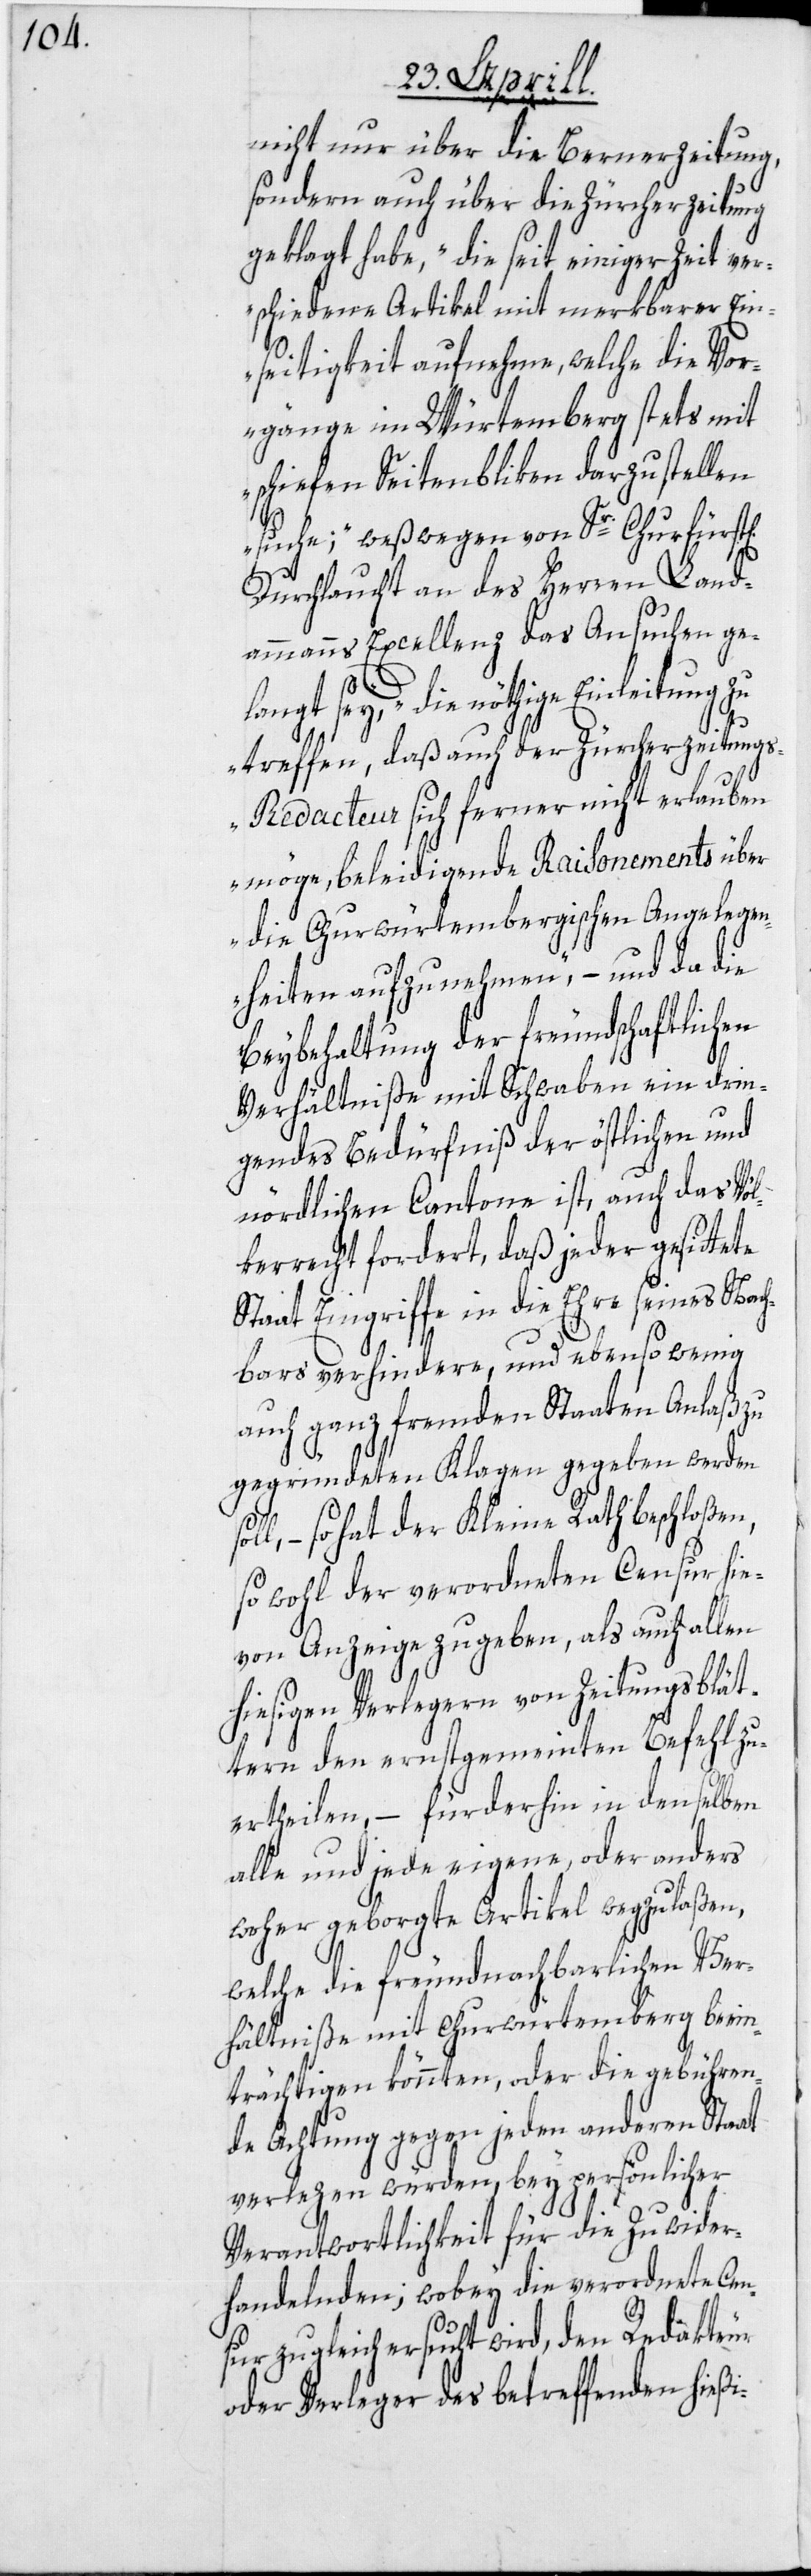
nicht nur über die Bernerzeitung,
sondern auch über die Zürcherzeitung
geklagt habe, „die seit einiger Zeit ver¬
schiedene Artikel mit merkbarer Ein¬
seitigkeit aufnehme, welche die Vor¬
gänge im Würtemberg stets mit
schiefen Seitenbliken darzustellen
suche;“ weßwegen von Sr. Churfürst¬
Durchlaucht an des Herren Land¬
ammanns Excellenz das Ansuchen ge¬
so¬
langt sey, „die nöthige Einleitung zu
treffen, daß auch der Zürcherzeitung¬
s-Redacteur sich ferner nicht erlauben
möge, beleidigende Raisonements über
die Churwürtembergischen Angelegen¬
heiten aufzunehmen“, – und da die
Beybehaltung der freundschaftlichen
Verhältniße mit Schwaben ein drin¬
gendes Bedürfniß der östlichen und
nördlichen Cantone ist, auch das Völ¬
kerrecht fordert, daß jeder gesittete
Staat Eingriffe in die Ehre seines Nach¬
bars verhindere, und ebenso wenig
auch ganz fremden Staaten Anlaß zu
gegründeten Klagen gegeben werden
ll, – so hat der Kleine Rath beschloßen,
so wohl der verordneten Censur hie¬
von Anzeige zu geben, als auch allen
i-
hiesigen Verlegern von Zeitungsbät¬
tern den ernstgemeinten Befehl zu
ertheilen, – fürderhin in denselben
alle und jede eigene, oder anders
woher geborgte Artikel wegzulaßen,
welche die freundnachbarlichen Ver¬
hältniße mit Churwürtemberg beein¬
trächtigen könnten, oder die gebühren¬
de Achtung gegen jeden anderen Staat
verlezen würden, bey persönlicher
Verantwortlichkeit für die Zuwider¬
handelnden; wobey die verordnete Cen¬
sur zugleich ersucht wird, den Redakteur
oder Verleger des betreffenden hieß¬